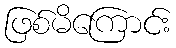
ဖြစ်မိကြောင်း